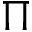
\Pi